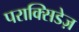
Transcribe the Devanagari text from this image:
पराक्सिडेज़